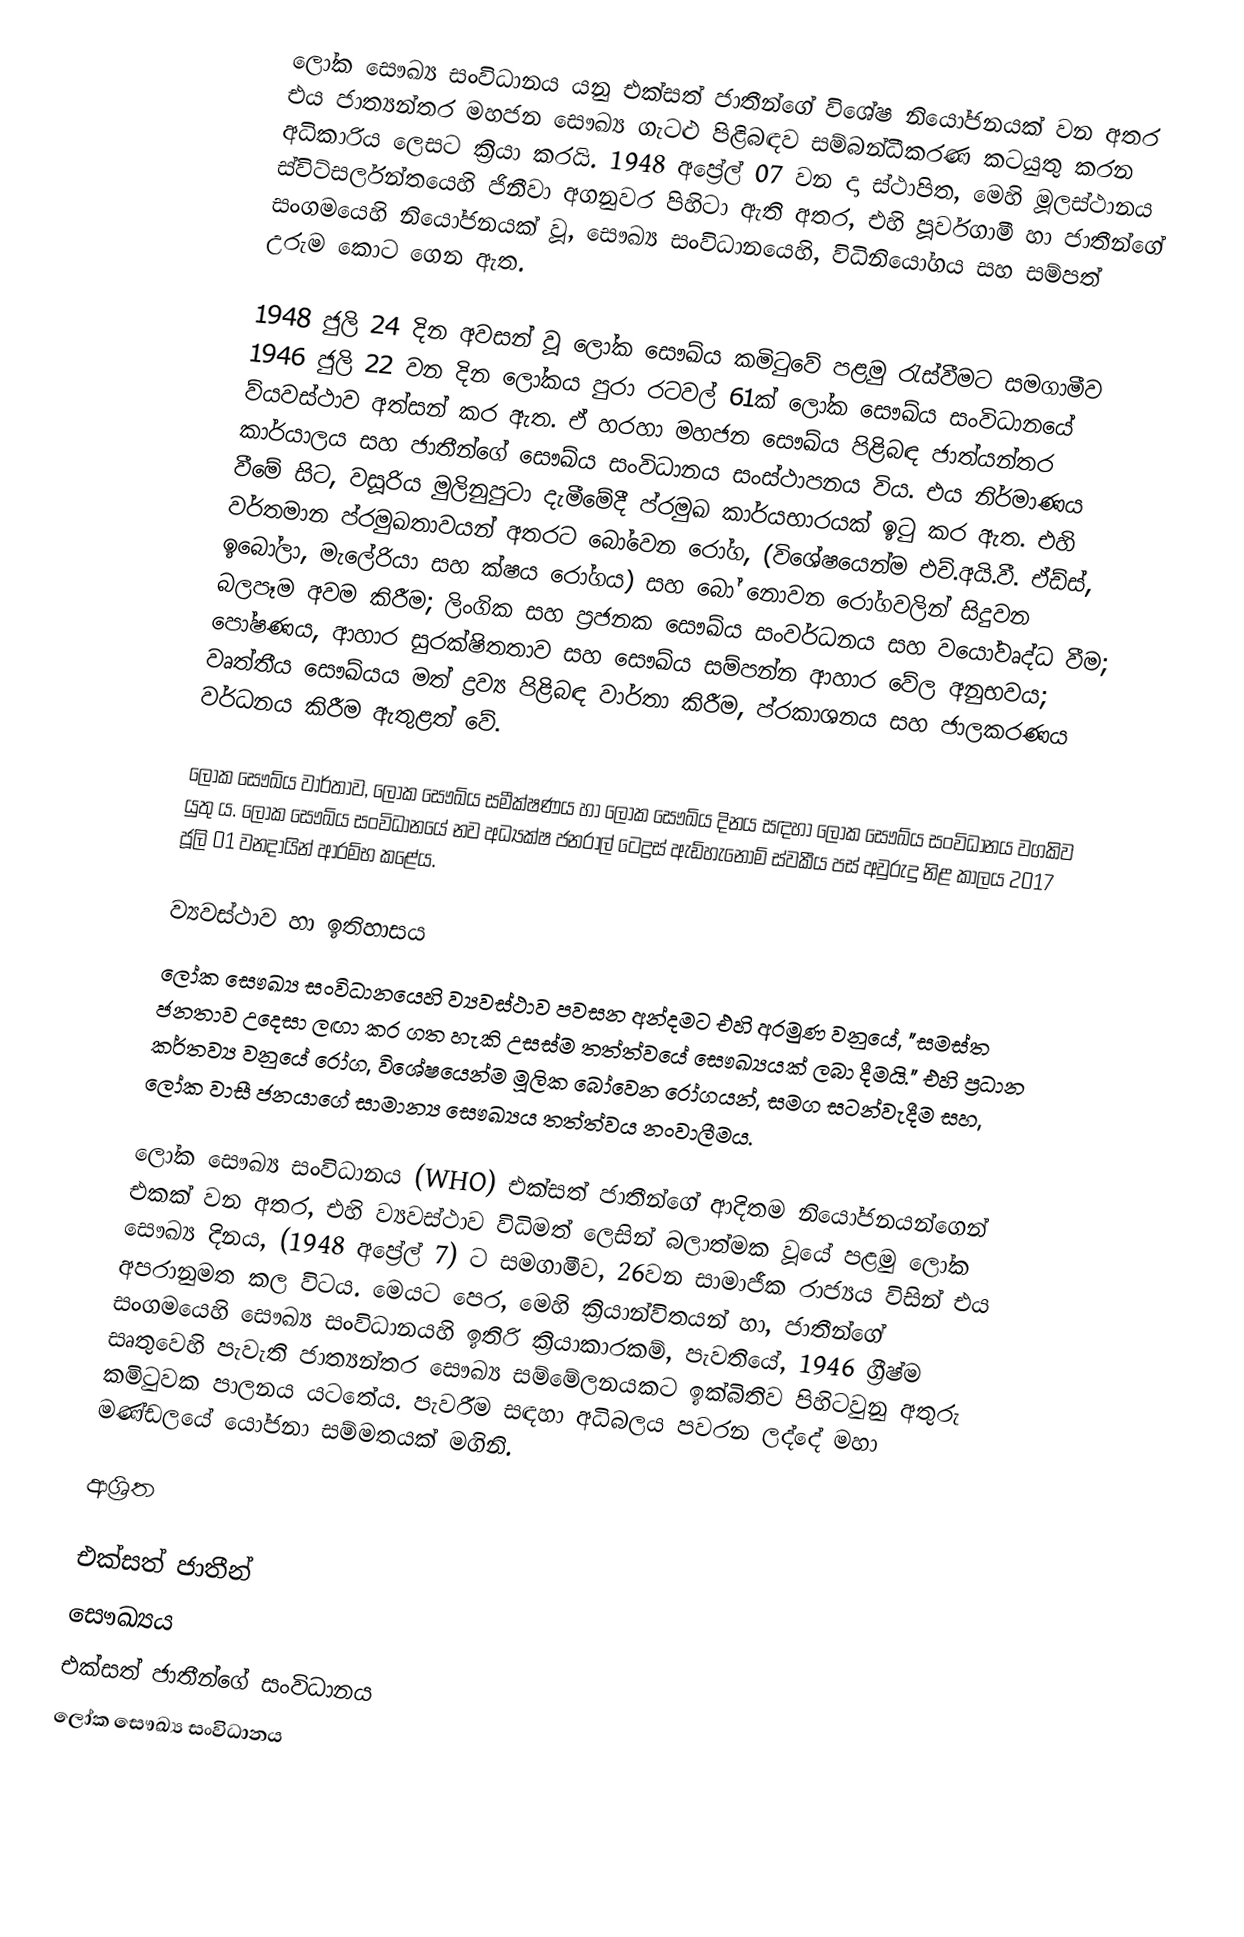
ලෝක සෞඛ්‍ය සංවිධානය යනු එක්සත් ජාතීන්ගේ විශේෂ නියෝජනයක් වන අතර එය ජාත්‍යන්තර මහජන සෞඛ්‍ය ගැටළු පිළිබඳව සම්බන්ධීකරණ කටයුතු කරන අධිකාරිය ලෙසට ක්‍රියා කරයි. 1948 අප්‍රේල් 07 වන දා ස්ථාපිත, මෙහි මූලස්ථානය ස්විට්සර්ලන්තයෙහි ජිනීවා අගනුවර පිහිටා ඇති අතර, එහි පූර්වගාමී හා  ජාතීන්ගේ සංගමයෙහි නියෝජනයක් වූ,  සෞඛ්‍ය සංවිධානයෙහි,  විධිනියෝගය සහ සම්පත් උරුම කොට ගෙන ඇත.

1948 ජුලි 24 දින අවසන් වූ ලෝක සෞඛ්ය කමිටුවේ පළමු රැස්වීමට සමගාමීව 1946 ජුලි 22 වන දින ලෝකය පුරා රටවල් 61ක් ලෝක සෞඛ්ය සංවිධානයේ ව්යවස්ථාව අත්සන් කර ඇත. ඒ හරහා  මහජන සෞඛ්ය පිළිබඳ ජාත්යන්තර කාර්යාලය සහ ජාතීන්ගේ සෞඛ්ය සංවිධානය සංස්ථාපනය විය. එය නිර්මාණය වීමේ සිට, වසූරිය මුලිනුපුටා දැමීමේදී ප්රමුඛ කාර්යභාරයක් ඉටු කර ඇත. එහි වර්තමාන ප්රමුඛතාවයන් අතරට බෝවෙන රෝග, (විශේෂයෙන්ම එච්.අයි.වී. ඒඩ්ස්, ඉබෝලා, මැලේරියා සහ ක්ෂය රෝගය) සහ බෝ නොවන රෝගවලින් සිදුවන බලපෑම අවම කිරීම; ලිංගික සහ ප්‍රජනක සෞඛ්ය සංවර්ධනය සහ වයෝවෘද්ධ වීම; පෝෂණය, ආහාර සුරක්ෂිතතාව සහ සෞඛ්ය සම්පන්න ආහාර වේල අනුභවය; වෘත්තීය සෞඛ්යය මත් ද්‍රව්‍ය පිළිබඳ වාර්තා කිරීම, ප්රකාශනය සහ ජාලකරණය වර්ධනය කිරීම ඇතුළත් වේ.

ලෝක සෞඛ්ය වාර්තාව, ලෝක සෞඛ්ය සමීක්ෂණය හා ලෝක සෞඛ්ය දිනය සඳහා ලෝක සෞඛ්ය සංවිධානය වගකිව යුතු ය. ලෝක සෞඛ්ය සංවිධානයේ නව අධ්‍යක්ෂ ජනරාල් ටෙද්‍රස් ඇඩ්හැනොම් ස්වකීය පස් අවුරුදු නිළ කාලය 2017 ජූලි 01 වනදායින් ආරම්භ කළේය.

ව්‍යවස්ථාව හා ඉතිහාසය
ලෝක සෞඛ්‍ය සංවිධානයෙහි ව්‍යවස්ථාව පවසන අන්දමට එහි අරමුණ වනුයේ,  "සමස්ත ජනතාව උදෙසා ලඟා කර ගත හැකි උසස්ම තත්ත්වයේ සෞඛ්‍යයක් ලබා දීමයි." එහි ප්‍රධාන කර්තව්‍ය වනුයේ රෝග,  විශේෂයෙන්ම මූලික බෝවෙන රෝගයන්, සමග සටන්වැදීම සහ, ලෝක වාසී ජනයාගේ සාමාන්‍ය සෞඛ්‍යය තත්ත්වය නංවාලීමය.

ලෝක සෞඛ්‍ය සංවිධානය (WHO) එක්සත් ජාතීන්ගේ ආදිතම නියෝජනයන්ගෙන් එකක් වන අතර, එහි ව්‍යවස්ථාව  විධිමත් ලෙසින් බලාත්මක වූයේ පළමු  ලෝක සෞඛ්‍ය දිනය, (1948 අප්‍රේල් 7) ට සමගාමීව, 26වන සාමාජීක රාජ්‍යය විසින් එය අපරානුමත කල විටය.  මෙයට පෙර, මෙහි ක්‍රියාන්විතයන් හා,  ජාතීන්ගේ සංගමයෙහි සෞඛ්‍ය සංවිධානයහි ඉතිරි ක්‍රියාකාරකම්, පැවතියේ, 1946 ග්‍රීෂ්ම සෘතුවෙහි පැවැති ජාත්‍යන්තර සෞඛ්‍ය සම්මේලනයකට ඉක්බිතිව පිහිටවුනු අතුරු කමිටුවක පාලනය යටතේය.  පැවරීම සඳහා අධිබලය පවරන ලද්දේ මහා මණ්ඩලයේ යෝජනා සම්මතයක් මගිනි.

ආශ්‍රිත

එක්සත් ජාතීන්
සෞඛ්‍යය
එක්සත් ජාතීන්ගේ සංවිධානය
ලෝක සෞඛ්‍ය සංවිධානය